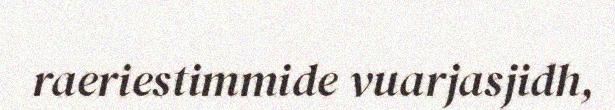
raeriestimmide vuarjasjidh,